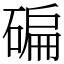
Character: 碥